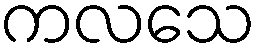
ကလသေ